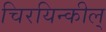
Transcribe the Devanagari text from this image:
चिरयिन्कील्